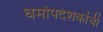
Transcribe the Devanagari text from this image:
धर्मोपदेशकांची